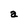
Character: a